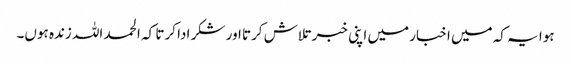
ہوا یہ کہ میں اخبار میں اپنی خبر تلاش کرتا اور شکر ادا کرتا کہ الحمد اللہ زندہ ہوں۔